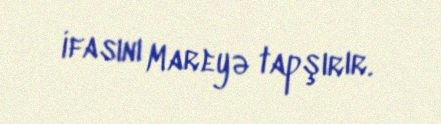
ifasını Mareyə tapşırır.